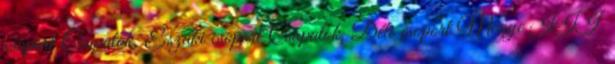
csoport Csapatok, Északi csoport Csapatok, Déli csoport Megye III.